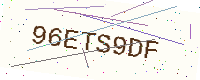
Text: 96ETS9DF